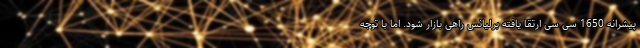
پیشرانه 1650 سی سی ارتقا یافته برلیانس راهی بازار شود. اما با توجه